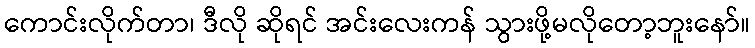
ကောင်းလိုက်တာ၊ ဒီလို ဆိုရင် အင်းလေးကန် သွားဖို့မလိုတော့ဘူးနော်။